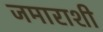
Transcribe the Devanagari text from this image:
जमाराशी